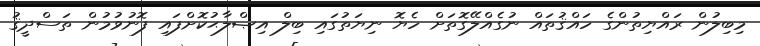
މިބިލުން ރައްޔިތުންގެ ހައްޤުތައް ނުގެއްލޭގޮތަށް ހެޔޮ ނިޔަތުގައި ބިލް އިޞްލާޙުކޮށްފައި ފޮނުވުމުން ތަސްދީޤު